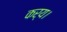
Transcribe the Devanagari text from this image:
कर्य।